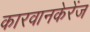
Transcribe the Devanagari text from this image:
कारवानकेरेंज